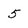
Character: 5